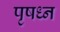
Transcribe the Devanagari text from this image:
पृषध्न